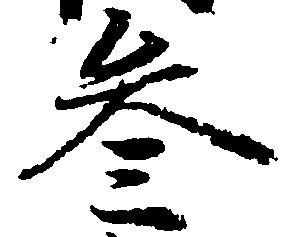
参